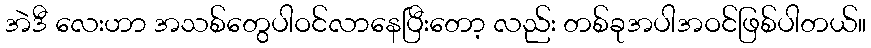
အဲဒီ လေးဟာ အသစ်တွေပါဝင်လာနေပြီးတော့ လည်း တစ်ခုအပါအဝင်ဖြစ်ပါတယ်။